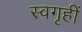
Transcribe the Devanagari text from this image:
स्वगृहीं